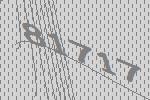
81717